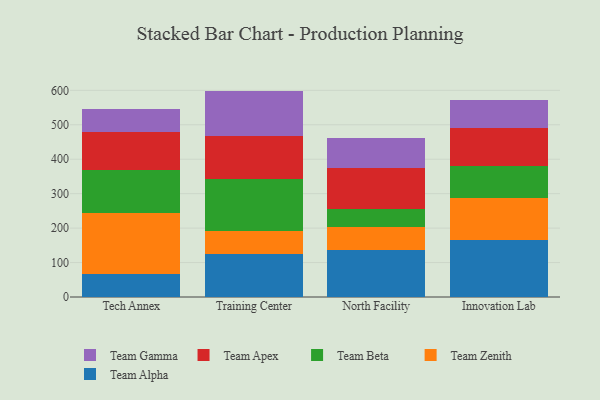
{"axis": {"x": "Campus", "y": "Latency (ms)"}, "legend": ["Team Alpha", "Team Apex", "Team Beta", "Team Gamma", "Team Zenith"], "data": [{"x": "Tech Annex", "y": 66.9, "type": "Team Alpha"}, {"x": "Tech Annex", "y": 176.0, "type": "Team Zenith"}, {"x": "Tech Annex", "y": 125.9, "type": "Team Beta"}, {"x": "Tech Annex", "y": 110.3, "type": "Team Apex"}, {"x": "Tech Annex", "y": 66.4, "type": "Team Gamma"}, {"x": "Training Center", "y": 124.9, "type": "Team Alpha"}, {"x": "Training Center", "y": 65.3, "type": "Team Zenith"}, {"x": "Training Center", "y": 153.6, "type": "Team Beta"}, {"x": "Training Center", "y": 123.8, "type": "Team Apex"}, {"x": "Training Center", "y": 130.9, "type": "Team Gamma"}, {"x": "North Facility", "y": 135.8, "type": "Team Alpha"}, {"x": "North Facility", "y": 67.7, "type": "Team Zenith"}, {"x": "North Facility", "y": 53.3, "type": "Team Beta"}, {"x": "North Facility", "y": 118.6, "type": "Team Apex"}, {"x": "North Facility", "y": 86.1, "type": "Team Gamma"}, {"x": "Innovation Lab", "y": 165.1, "type": "Team Alpha"}, {"x": "Innovation Lab", "y": 121.3, "type": "Team Zenith"}, {"x": "Innovation Lab", "y": 94.7, "type": "Team Beta"}, {"x": "Innovation Lab", "y": 108.2, "type": "Team Apex"}, {"x": "Innovation Lab", "y": 82.3, "type": "Team Gamma"}]}